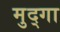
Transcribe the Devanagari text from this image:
मुद्गा